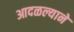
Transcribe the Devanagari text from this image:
आदळल्याने